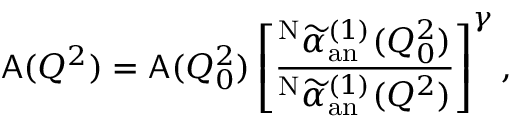
{ \sf A } ( Q ^ { 2 } ) = { \sf A } ( Q _ { 0 } ^ { 2 } ) \left[ \frac { ^ { \mathrm { N } } \widetilde { \alpha } _ { \mathrm { a n } } ^ { ( 1 ) } ( Q _ { 0 } ^ { 2 } ) } { ^ { \mathrm { N } } \widetilde { \alpha } _ { \mathrm { a n } } ^ { ( 1 ) } ( Q ^ { 2 } ) } \right] ^ { \gamma } ,